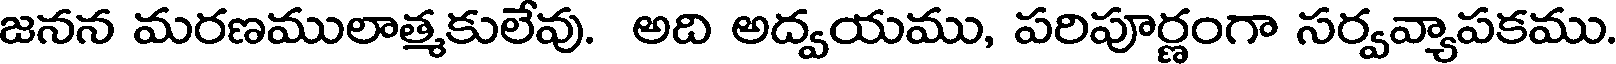
జనన మరణములాత్మకులేవు. అది అద్వయము, పరిపూర్ణంగా సర్వవ్యాపకము